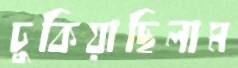
ঢুকিয়াছিলাম